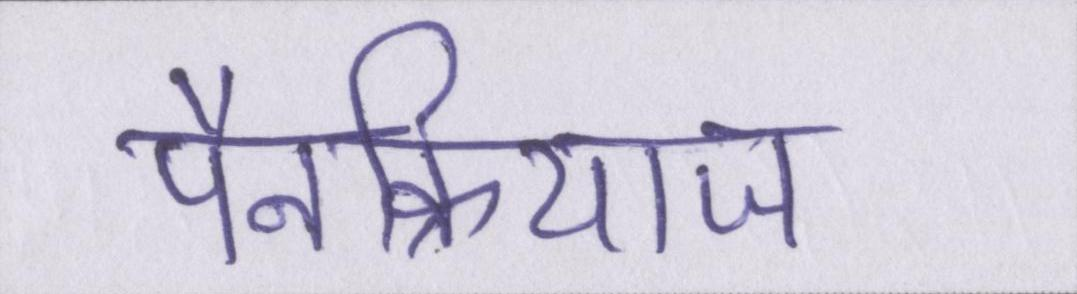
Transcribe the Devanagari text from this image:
पैनक्रियाज